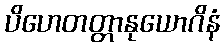
ပိဟေတတ္တာနုယောဂိနံ